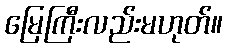
မြေကြီးလည်းမဟုတ်။